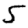
Digit: 5